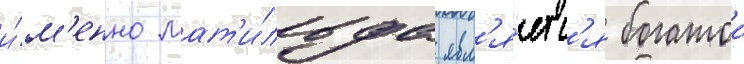
и́м'енно мат'и́льда явл'я́етс'я богатои